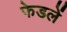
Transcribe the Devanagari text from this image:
फेडलें